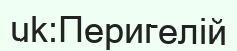
uk:Перигелій